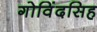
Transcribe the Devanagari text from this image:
गोविंदसिह